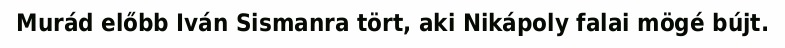
Murád előbb Iván Sismanra tört, aki Nikápoly falai mögé bújt.